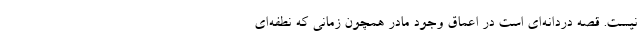
نیست. قصه دردانه‌ای است در اعماق وجود مادر همچون زمانی که نطفه‌ای